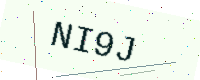
Text: NI9J